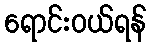
ရောင်းဝယ်ရန်